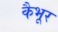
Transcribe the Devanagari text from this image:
कैभूर